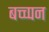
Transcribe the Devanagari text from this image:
बच्च्पन